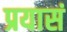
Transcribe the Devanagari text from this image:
प्रयासं